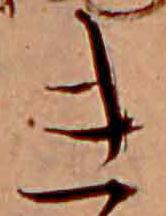
き